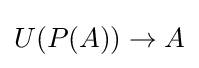
U(P(A))\to A